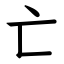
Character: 亡